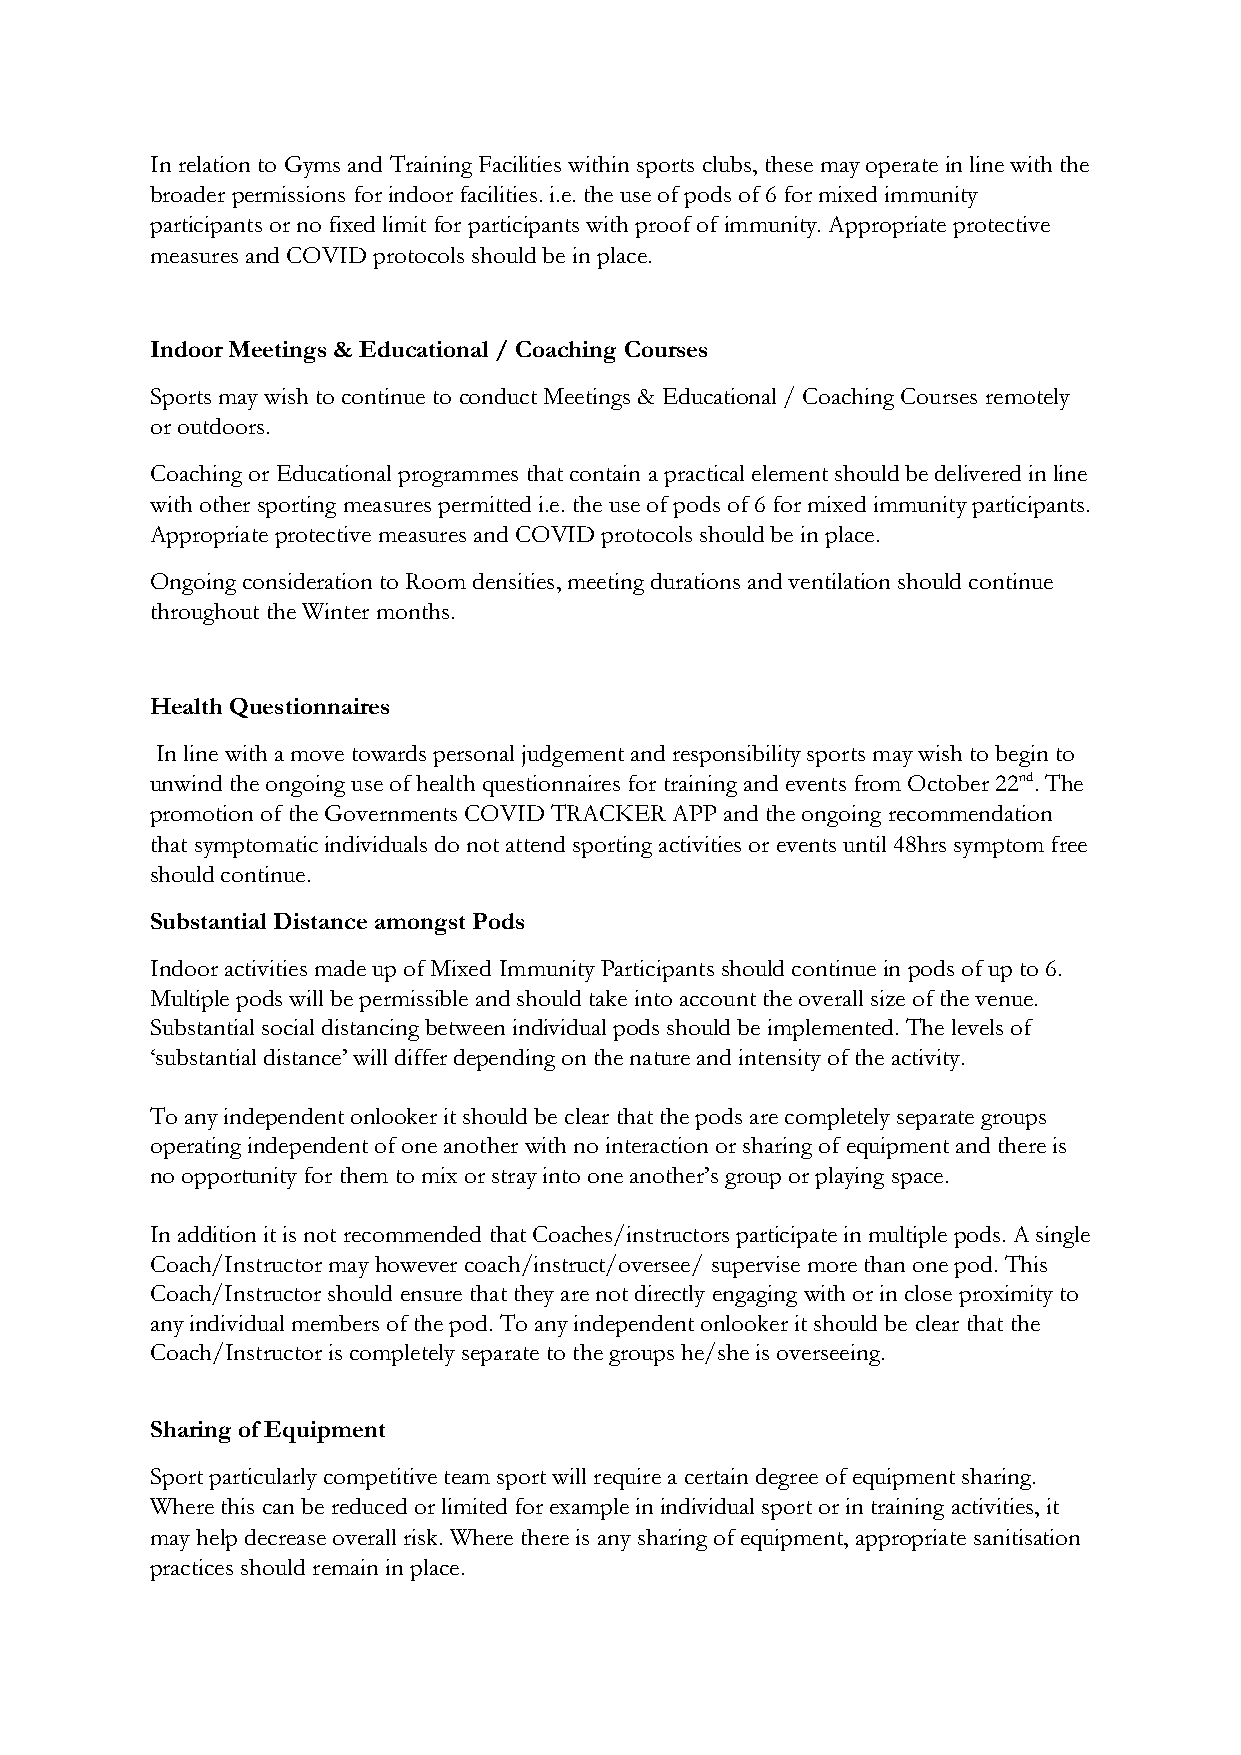
In relation to Gyms and Training Facilities within sports clubs, these may operate in line with the
 broader permissions for indoor facilities. i.e. the use of pods of 6 for mixed immunity
 participants or no fixed limit for participants with proof of immunity. Appropriate protective
 measures and COVID protocols should be in place.
 Indoor Meetings & Educational / Coaching Courses
 Sports may wish to continue to conduct Meetings & Educational / Coaching Courses remotely
 or outdoors.
 Coaching or Educational programmes that contain a practical element should be delivered in line
 with other sporting measures permitted i.e. the use of pods of 6 for mixed immunity participants.
 Appropriate protective measures and COVID protocols should be in place.
 Ongoing consideration to Room densities, meeting durations and ventilation should continue
 throughout the Winter months.
 Health Questionnaires
 In line with a move towards personal judgement and responsibility sports may wish to begin to
 unwind the ongoing use of health questionnaires for training and events from October 22nd. The
 promotion of the Governments COVID TRACKER APP and the ongoing recommendation
 that symptomatic individuals do not attend sporting activities or events until 48hrs symptom free
 should continue.
 Substantial Distance amongst Pods
 Indoor activities made up of Mixed Immunity Participants should continue in pods of up to 6.
 Multiple pods will be permissible and should take into account the overall size of the venue.
 Substantial social distancing between individual pods should be implemented. The levels of
 ‘substantial distance’ will differ depending on the nature and intensity of the activity.
 To any independent onlooker it should be clear that the pods are completely separate groups
 operating independent of one another with no interaction or sharing of equipment and there is
 no opportunity for them to mix or stray into one another’s group or playing space.
 In addition it is not recommended that Coaches/instructors participate in multiple pods. A single
 Coach/Instructor may however coach/instruct/oversee/ supervise more than one pod. This
 Coach/Instructor should ensure that they are not directly engaging with or in close proximity to
 any individual members of the pod. To any independent onlooker it should be clear that the
 Coach/Instructor is completely separate to the groups he/she is overseeing.
 Sharing of Equipment
 Sport particularly competitive team sport will require a certain degree of equipment sharing.
 Where this can be reduced or limited for example in individual sport or in training activities, it
 may help decrease overall risk. Where there is any sharing of equipment, appropriate sanitisation
 practices should remain in place.